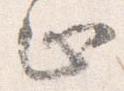
止